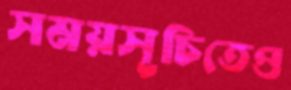
সময়সূচিতেও